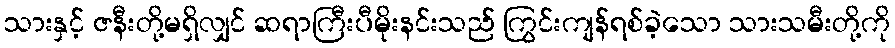
သားနှင့် ဇနီးတို့မရှိလျှင် ဆရာကြီးပီမိုးနင်းသည် ကြွင်းကျန်ရစ်ခဲ့သော သားသမီးတို့ကို